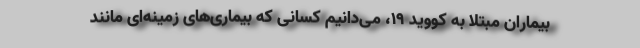
بیماران مبتلا به کووید 19، می‌دانیم کسانی که بیماری‌های زمینه‌ای مانند